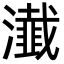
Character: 瀐